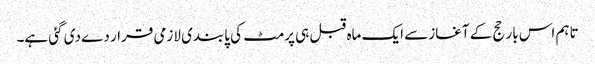
تاہم اس بار حج کے آغاز سے ایک ماہ قبل ہی پرمٹ کی پابندی لازمی قرار دے دی گئی ہے۔